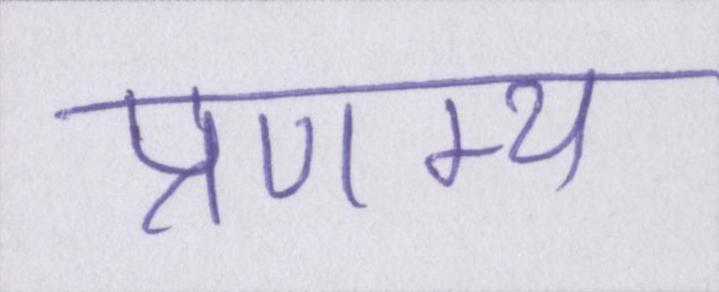
प्रणम्य